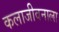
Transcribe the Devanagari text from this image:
कलाजीवनाला